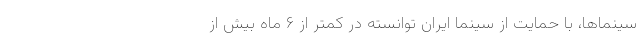
سینما‌ها، با حمایت از سینما ایران توانسته در کمتر از ۶ ماه بیش از